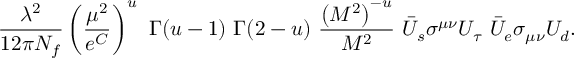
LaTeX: { \frac { \lambda ^ { 2 } } { 1 2 \pi N _ { f } } } \left( { \frac { \mu ^ { 2 } } { e ^ { C } } } \right) ^ { u } \ { \Gamma ( u - 1 ) \ \Gamma ( 2 - u ) } \ { \frac { \left( M ^ { 2 } \right) ^ { - u } } { M ^ { 2 } } } \ \bar { U } _ { s } \sigma ^ { \mu \nu } U _ { \tau } \ \bar { U } _ { e } \sigma _ { \mu \nu } U _ { d } .